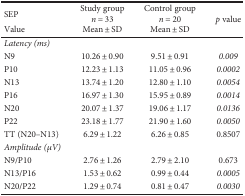
| SEP | Study groupn = 33 | Control groupn = 20 | <ROWSPAN=2> p value |
 | Value | Mean ± SD | Mean ± SD |
 | --- | --- | --- | --- |
 | Latency (ms) |  |  |  |
 | N9 | 10.26 ± 0.90 | 9.51 ± 0.91 | 0.009 |
 | P10 | 12.23 ± 1.13 | 11.05 ± 0.96 | 0.0002 |
 | N13 | 13.74 ± 1.20 | 12.80 ± 1.10 | 0.0054 |
 | P16 | 16.97 ± 1.30 | 15.95 ± 0.89 | 0.0014 |
 | N20 | 20.07 ± 1.37 | 19.06 ± 1.17 | 0.0136 |
 | P22 | 23.18 ± 1.77 | 21.90 ± 1.60 | 0.0050 |
 | TT (N20–N13) | 6.29 ± 1.22 | 6.26 ± 0.85 | 0.8507 |
 | Amplitude (μV) |  |  |  |
 | N9/P10 | 2.76 ± 1.26 | 2.79 ± 2.10 | 0.673 |
 | N13/P16 | 1.53 ± 0.62 | 0.99 ± 0.44 | 0.0005 |
 | N20/P22 | 1.29 ± 0.74 | 0.81 ± 0.47 | 0.0030 |